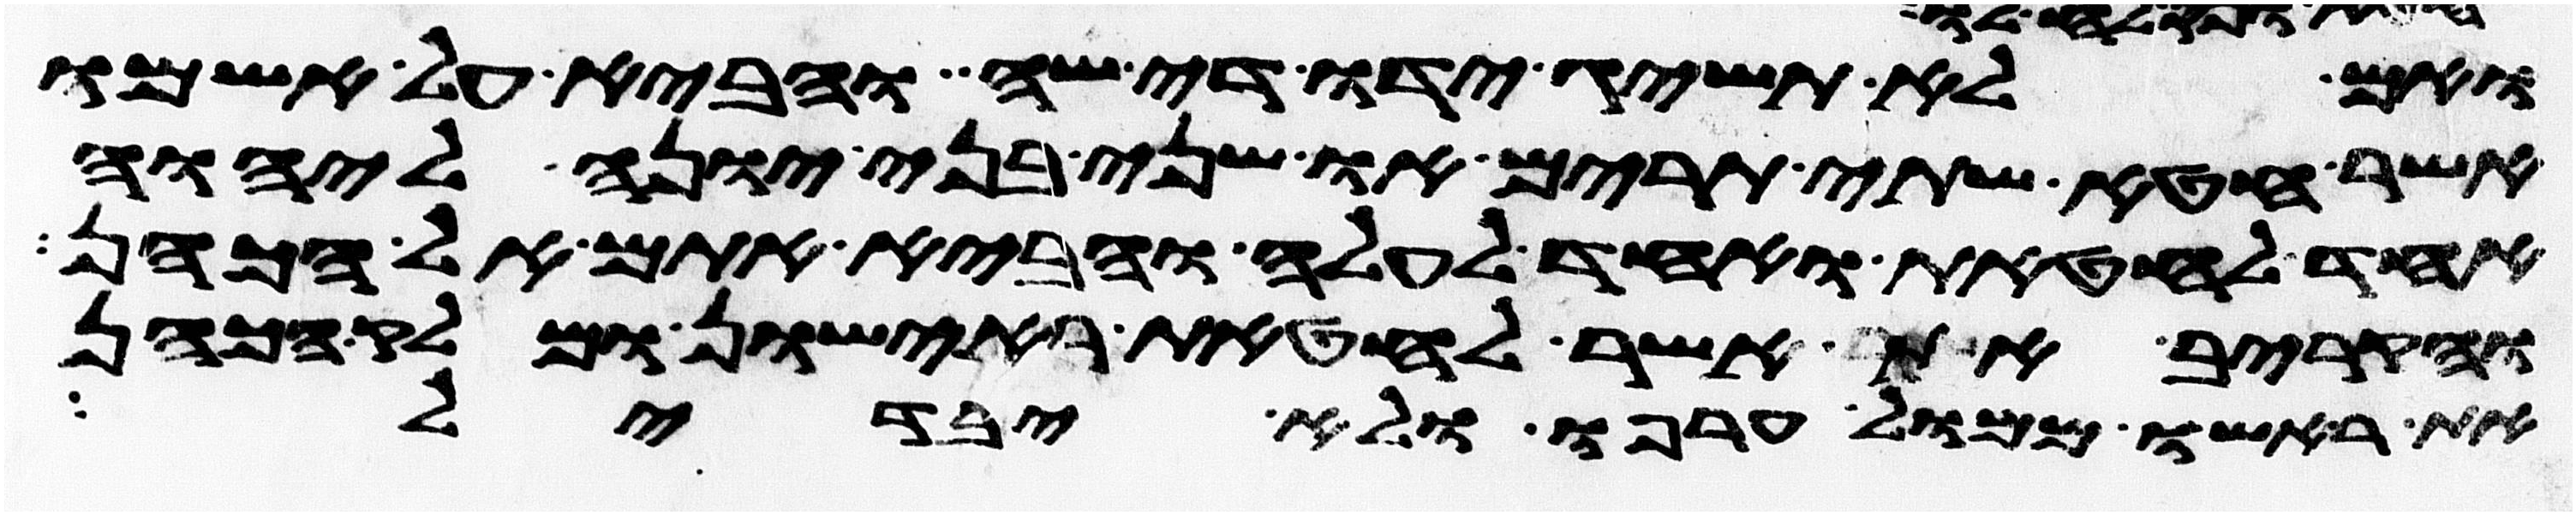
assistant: ואם לא תשיג ידו די שה והביא על אשמו
אשר חטא שתי תרים או שני בני יונה ליהוה
אחד לחטאת ואחד לעלה והביא אתם אל הכהן
והקריב את אשר לחטאת ראישון ומלק הכהן
את ראשו ממול ערפו ולא יבדל